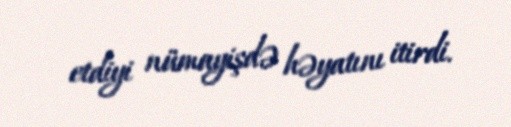
etdiyi nümayişdə həyatını itirdi.